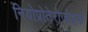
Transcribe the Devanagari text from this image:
नियोप्रोतेरोजोइक